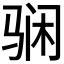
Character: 𱅘